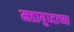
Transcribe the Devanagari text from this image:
महायुध्दाच्या